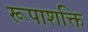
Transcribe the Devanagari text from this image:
रूपाशक्ति